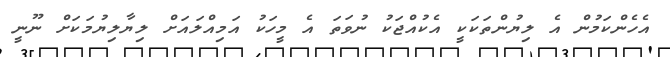
އެހެންކަމުން އެ ލިޔުންތަކަކީ އެކުއްޖަކު ނުވަތަ އެ މީހަކު އަމިއްލައަށް ލިޔާލިޔުމަކަށް ނޫނީ